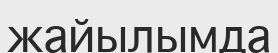
жайылымда